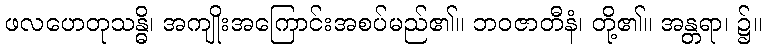
ဖလဟေတုသန္ဓိ၊ အကျိုးအကြောင်းအစပ်မည်၏။ ဘဝဇာတီနံ၊ တို့၏။ အန္တရာ၊ ၌။